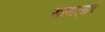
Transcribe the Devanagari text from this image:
खाणार्‍यांचे